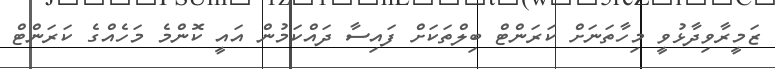
ޒަމީރާވިދާޅުވީ މިހާތަނަށް ކަރަންޓް ބިލްތަކަށް ފައިސާ ދައްކަމުން އައީ ކޮންމެ މަހެއްގެ ކަރަންޓް